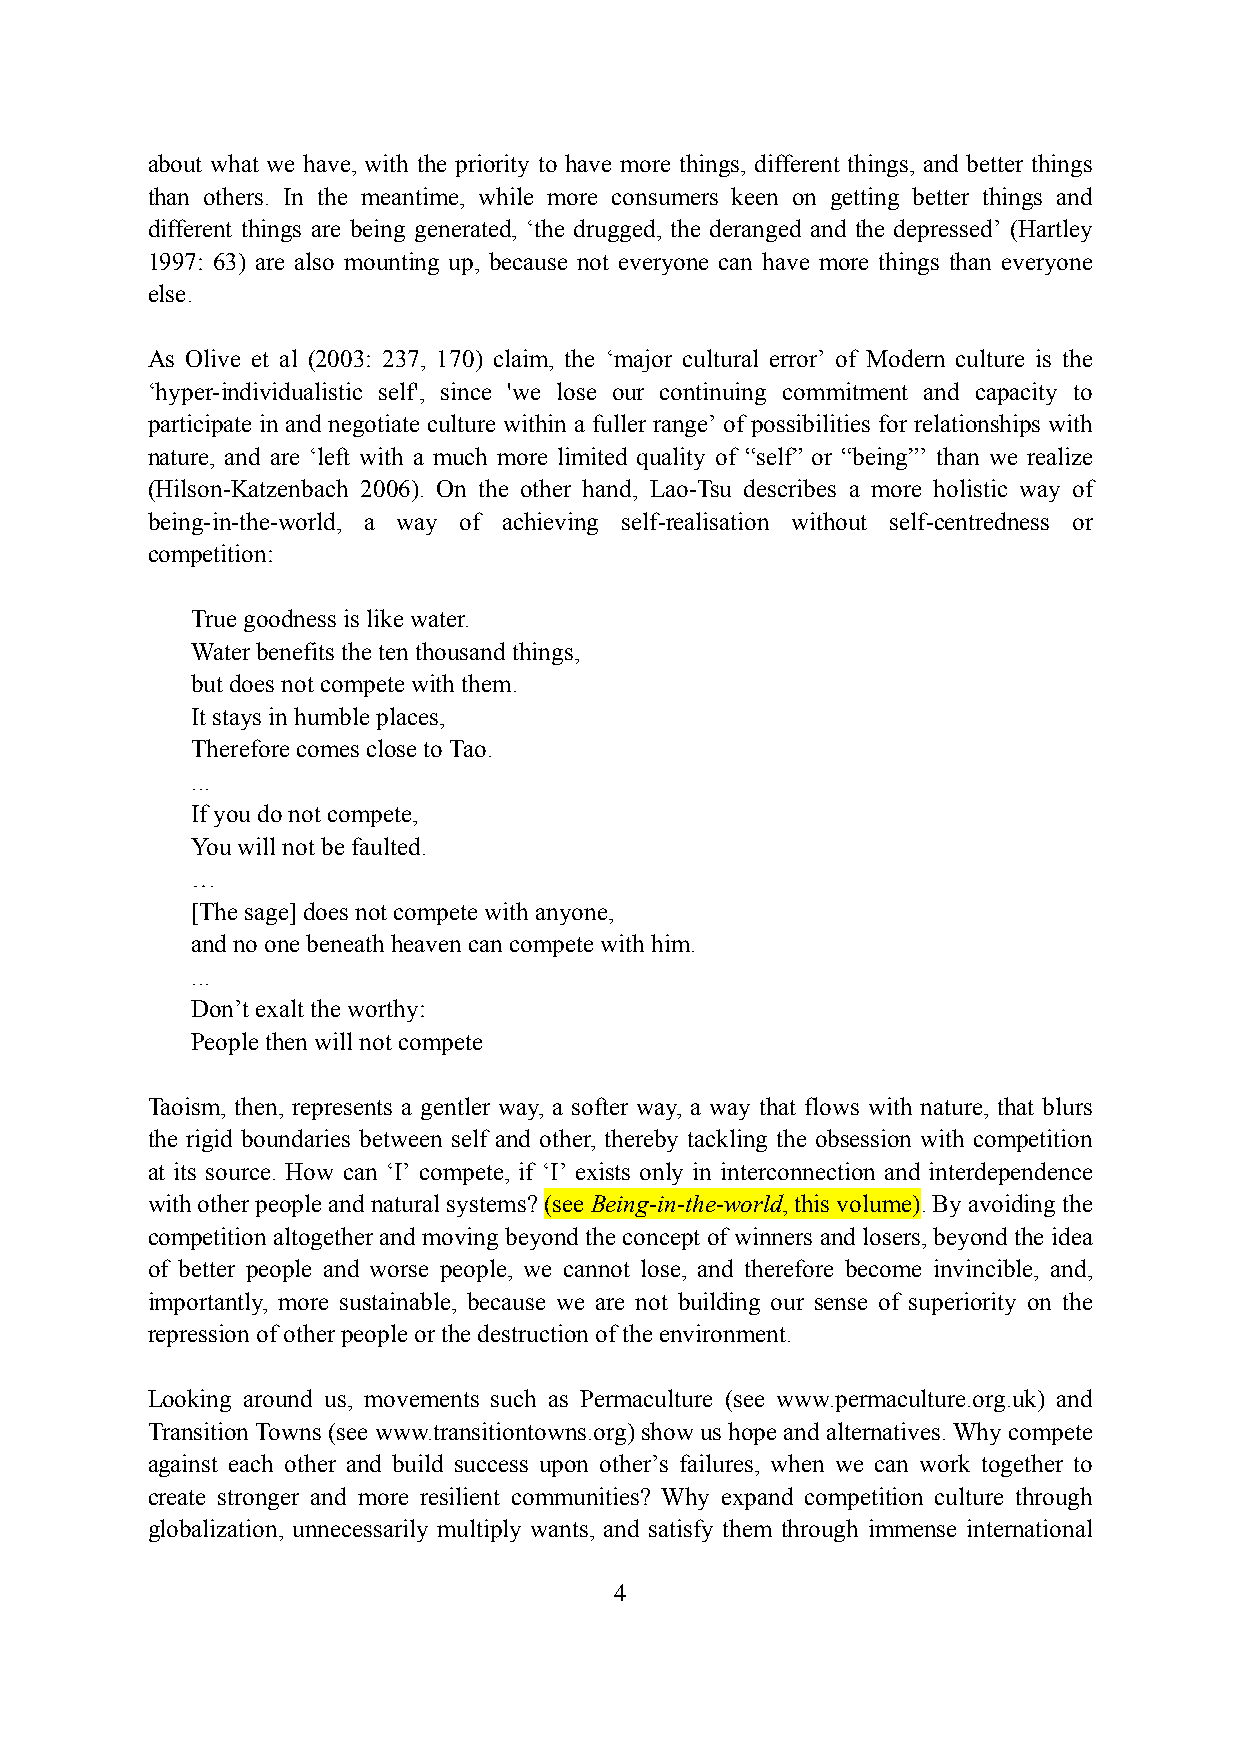
about what we have, with the priority to have more things, different things, and better things
 than others. In the meantime, while more consumers keen on getting better things and
 different things are being generated, ‘the drugged, the deranged and the depressed’ (Hartley
 1997: 63) are also mounting up, because not everyone can have more things than everyone
 else.
 As Olive et al (2003: 237, 170) claim, the ‘major cultural error’ of Modern culture is the
 ‘hyper-individualistic self', since 'we lose our continuing commitment and capacity to
 participate in and negotiate culture within a fuller range’ of possibilities for relationships with
 nature, and are ‘left with a much more limited quality of “self” or “being”’ than we realize
 (Hilson-Katzenbach 2006). On the other hand, Lao-Tsu describes a more holistic way of
 being-in-the-world, a way of achieving self-realisation without self-centredness or
 competition:
 True goodness is like water.
 Water benefits the ten thousand things,
 but does not compete with them.
 It stays in humble places,
 Therefore comes close to Tao.
 ...
 If you do not compete,
 You will not be faulted.
 …
 [The sage] does not compete with anyone,
 and no one beneath heaven can compete with him.
 ...
 Don’t exalt the worthy:
 People then will not compete
 Taoism, then, represents a gentler way, a softer way, a way that flows with nature, that blurs
 the rigid boundaries between self and other, thereby tackling the obsession with competition
 at its source. How can ‘I’ compete, if ‘I’ exists only in interconnection and interdependence
 with other people and natural systems? (see Being-in-the-world, this volume). By avoiding the
 competition altogether and moving beyond the concept of winners and losers, beyond the idea
 of better people and worse people, we cannot lose, and therefore become invincible, and,
 importantly, more sustainable, because we are not building our sense of superiority on the
 repression of other people or the destruction of the environment.
 Looking around us, movements such as Permaculture (see www.permaculture.org.uk) and
 Transition Towns (see www.transitiontowns.org) show us hope and alternatives. Why compete
 against each other and build success upon other’s failures, when we can work together to
 create stronger and more resilient communities? Why expand competition culture through
 globalization, unnecessarily multiply wants, and satisfy them through immense international
 4